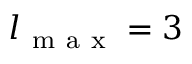
l _ { \mathrm { ~ m ~ a ~ x ~ } } = 3